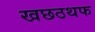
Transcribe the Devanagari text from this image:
खछठथफ